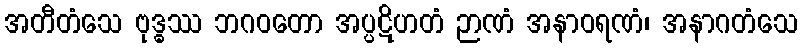
အတီတံသေ ဗုဒ္ဓဿ ဘဂဝတော အပ္ပဋိဟတံ ဉာဏံ အနာဝရဏံ၊ အနာဂတံသေ